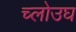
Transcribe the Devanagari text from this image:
च्लोउघ